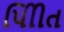
પીિીત